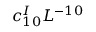
c _ { 1 0 } ^ { I } { L ^ { - 1 0 } }